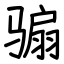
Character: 骟